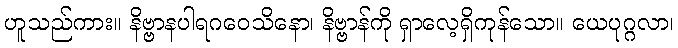
ဟူသည်ကား။ နိဗ္ဗာနပါရဂဝေသိနော၊ နိဗ္ဗာန်ကို ရှာလေ့ရှိကုန်သော။ ယေပုဂ္ဂလာ၊